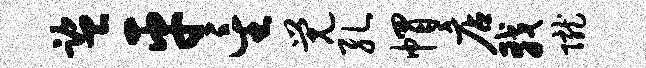
监平星觉孔帽店戟陇